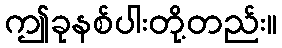
ဤခုနစ်ပါးတို့တည်း။